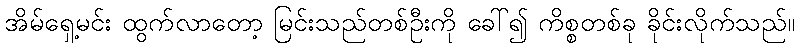
အိမ်ရှေ့မင်း ထွက်လာတော့ မြင်းသည်တစ်ဦးကို ခေါ်၍ ကိစ္စတစ်ခု ခိုင်းလိုက်သည်။